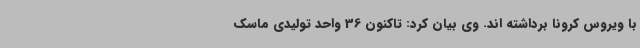
با ویروس کرونا برداشته اند. وی بیان کرد: تاکنون 36 واحد تولیدی ماسک